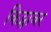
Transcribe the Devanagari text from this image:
किट्साबर